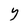
Character: Y